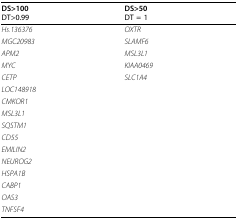
| DS>100 | DS>50 |
 | DT>0.99 | DT = 1 |
 | --- | --- |
 | Hs.136376 | OXTR |
 | MGC20983 | SLAMF6 |
 | APM2 | MSL3L1 |
 | MYC | KIAA0469 |
 | CETP | SLC1A4 |
 | LOC148918 |  |
 | CMKOR1 |  |
 | MSL3L1 |  |
 | SQSTM1 |  |
 | CD55 |  |
 | EMILIN2 |  |
 | NEUROG2 |  |
 | HSPA1B |  |
 | CABP1 |  |
 | OAS3 |  |
 | TNFSF4 |  |